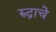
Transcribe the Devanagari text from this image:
रुद्राचे